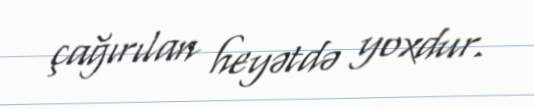
çağırılan heyətdə yoxdur.